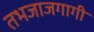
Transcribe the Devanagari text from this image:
तभजाजगागी